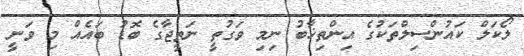
ލޯކަލް ކައުންސިލްތަކުގެ އިންތިޚާބު ނިމި ވަގުތީ ނަތީޖާގެ ބޮޑު ބައެއް މި ވަނީ